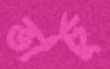
ভার্চু